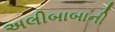
અલીબાબાની